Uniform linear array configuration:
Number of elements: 32
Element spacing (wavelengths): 0.75
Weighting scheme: binomial
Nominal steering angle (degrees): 0
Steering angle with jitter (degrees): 0.2277
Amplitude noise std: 0.05
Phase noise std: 0.05

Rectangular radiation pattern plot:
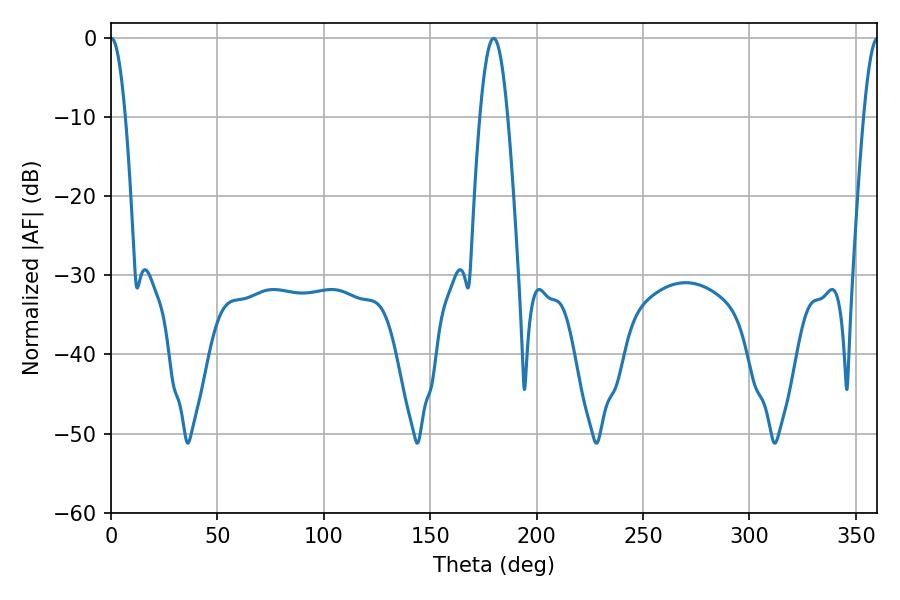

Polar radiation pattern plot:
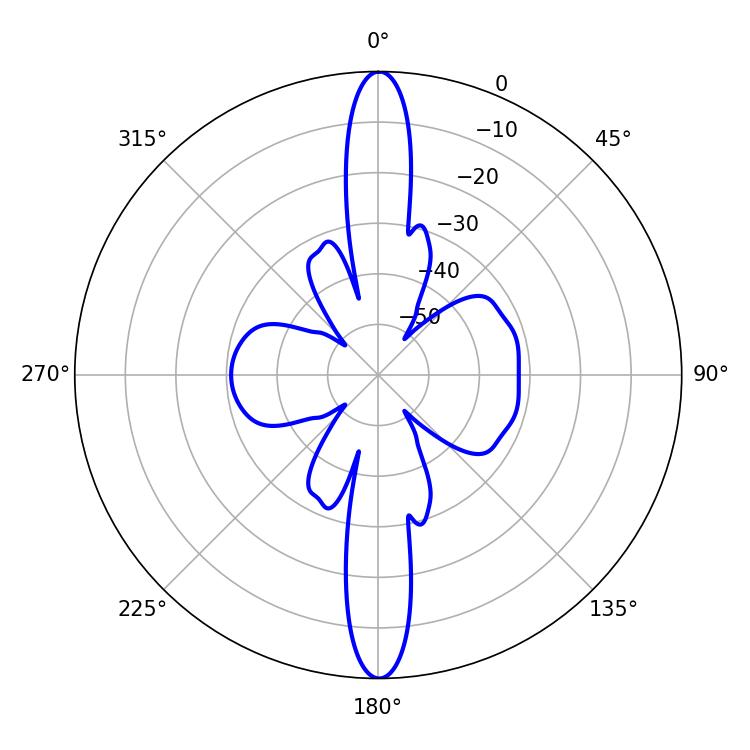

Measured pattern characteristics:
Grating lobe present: TRUE
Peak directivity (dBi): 33.133
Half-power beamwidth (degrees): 3.78
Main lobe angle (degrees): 0.18